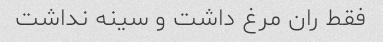
فقط ران مرغ داشت و سینه نداشت